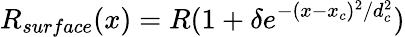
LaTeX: R_{surface}(x)=R(1+\delta e^{-(x-x_{c})^{2}/d_{c}^{2}})